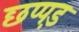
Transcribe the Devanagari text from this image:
छप्पड़